Annual report of the Punjab Veterinary College and of the Civil Veterinary Department, Punjab - 1894-1908
Year: 1894
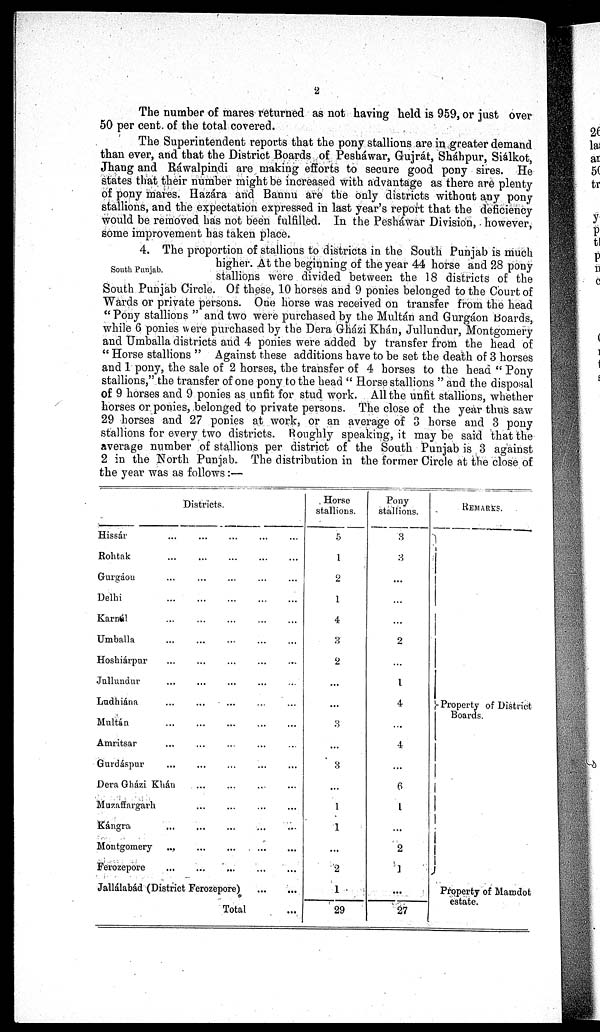
2
The number of mares returned as not having held is 959, or just over
50 per cent. of the total covered.
The Superintendent reports that the pony stallions are in greater demand
than ever, and that the District Boards of Pesháwar, Gujrát, Sháhpur, Siálkot,
Jhang and Ráwalpindi are making efforts to secure good pony sires. He
states that their number might be increased with advantage as there are plenty
of pony mares. Hazára and Bannu are the only districts without any pony
stallions, and the expectation expressed in last year's report that the deficiency
would be removed has not been fulfilled. In the Pesháwar Division, however,
some improvement has taken place.
South Punjab.
4. The proportion of stallions to districts in the South Punjab is much
higher. At the beginning of the year 44 horse and 28 pony
stallions were divided between the 18 districts of the
South Punjab Circle. Of these, 10 horses and 9 ponies belonged to the Court of
Wards or private persons. One horse was received on transfer from the head
"Pony stallions " and two were purchased by the Multán and Gurgáon Boards,
while 6 ponies were purchased by the Dera Gházi Khán, Jullundur, Montgomery
and Umballa districts and 4 ponies were added by transfer from the head of
" Horse stallions " Against these additions have to be set the death of 3 horses
and 1 pony, the sale of 2 horses, the transfer of 4 horses to the head " Pony
stallions," the transfer of one pony to the head " Horse stallions " and the disposal
of 9 horses and 9 ponies as unfit for stud work. All the unfit stallions, whether
horses or ponies, belonged to private persons. The close of the year thus saw
29 horses and 27 ponies at work, or an average of 3 horse and 3 pony
stallions for every two districts. Roughly speaking, it may be said that the
average number of stallions per district of the South Punjab is 3 against
2 in the North Punjab. The distribution in the former Circle at the close of
the year was as follows:—
Districts.
Hissár...
...
...
...
...
Rohtak...
...
...
...
...
Gurgáon...
...
...
...
...
Delhi
...
...
...
...
...
Karnál
...
...
...
...
...
Umballa
...
...
...
...
...
Hoshiárpur
...
...
...
...
...
Jullundur
...
...
...
... ...
Ludhiána
...
...
... ... ... ... ...
Multán
...
...
...
...
...
Amritsar
...
...
...
...
...
Gurdáspur ... ...
...
...
...
Dera Gházi Khán
...
...
...
...
Muzaffnrgarh ... ... ... ...
...
Kángra
...
...
...
...
...
Montgomery...
...
...
...
...
Ferozepore
...
...
...
...
...
Jallálabád (District Ferozepore)
...
...
Total
...
Horse
stallions.
5
1
2
1
4
3
2
...
...
...
...
3
...
1
1
...
2
1
29
Pony
stallions.
3
3
...
...
...
2
...
1
4
...
4
...
6
1
...
2
1
...
27
REMARKS.
Property of District
Boards.
Property of Mamdot
estate.